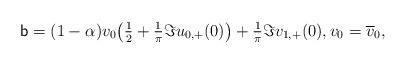
LaTeX: \begin{align*}{\sf b} =(1-\alpha)v_0 \bigl( \tfrac12 + \tfrac1\pi \Im u_{0,+ }(0) \bigr)+ \tfrac1\pi\Im v_{1,+} (0) , v_{0}=\overline{v}_{0}, \end{align*}